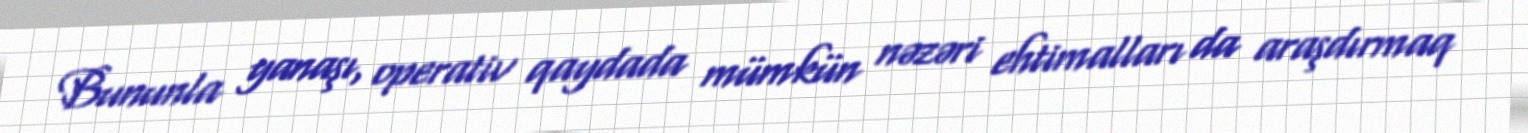
Bununla yanaşı, operativ qaydada mümkün nəzəri ehtimalları da araşdırmaq